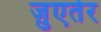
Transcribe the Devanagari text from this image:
ज़ुएतेर